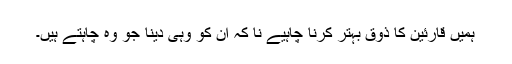
ہمیں قارئین کا ذوق بہتر کرنا چاہیے نا کہ ان کو وہی دینا جو وہ چاہتے ہیں۔